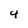
Character: 4